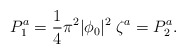
\begin{align*}P^a_1 = {1\over4} \pi^2 |\phi_0|^2 \; \zeta^a = P^a_2.\end{align*}